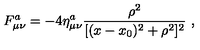
F _ { \mu \nu } ^ { a } = - 4 \eta _ { \mu \nu } ^ { a } \frac { \rho ^ { 2 } } { [ ( x - x _ { 0 } ) ^ { 2 } + \rho ^ { 2 } ] ^ { 2 } } \ ,